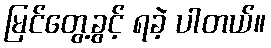
မြင်တွေ့ခွင့် ရခဲ့ ပါတယ်။